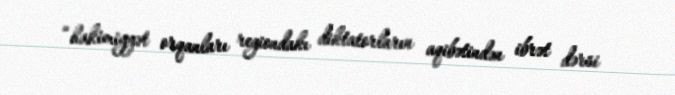
“hakimiyyət orqanları regiondakı diktatorların aqibətindən ibrət dərsi